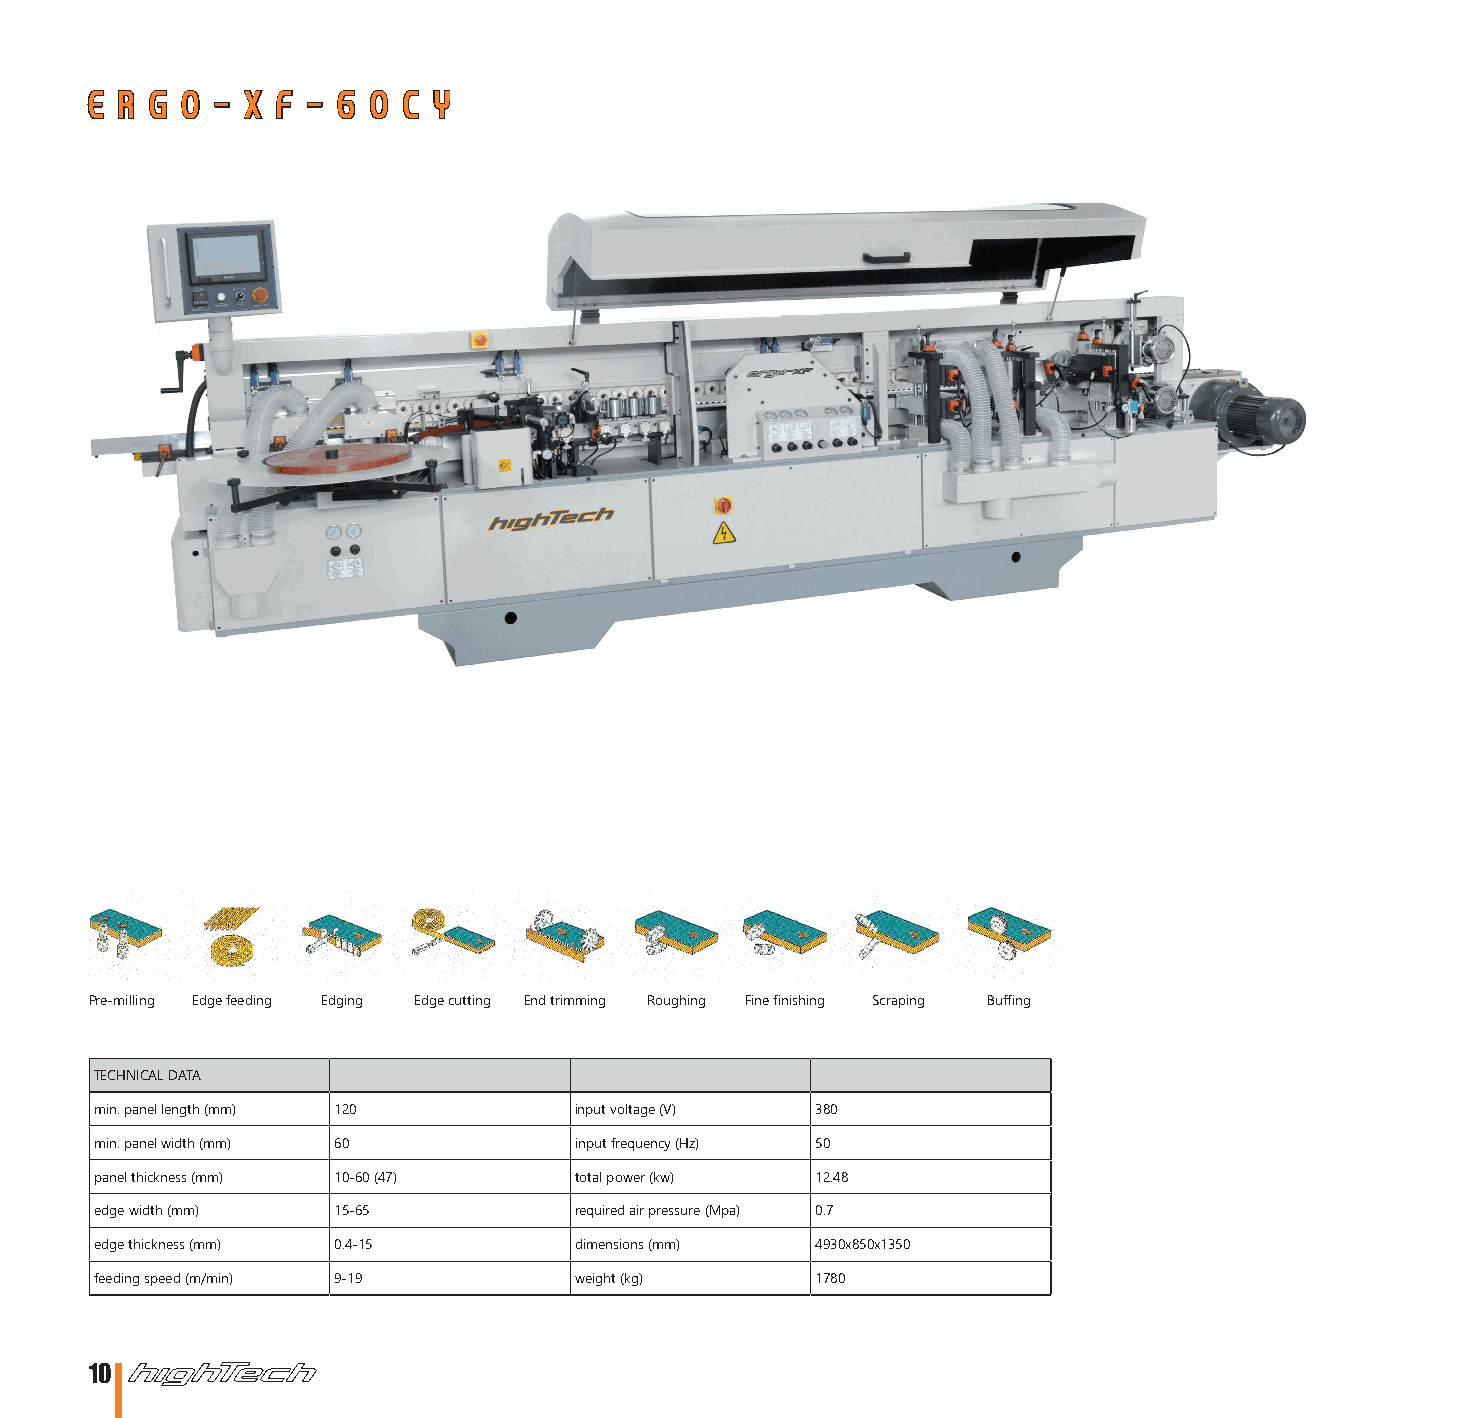
E R G O - X F - 6  0 C Y
 Pre-milling Edge feeding Edging Edge cutting End trimming Roughing Fine finishing Scraping Buffing
 TECHNICAL DATA
 min. panel length (mm) 120      input voltage (V) 380
 min. panel width (mm) 60        input frequency (Hz) 50
 panel thickness (mm) 10-60 (47) total power (kw) 12.48
 edge width (mm) 15-65           required air pressure (Mpa) 0.7
 edge thickness (mm) 0.4-15      dimensions (mm) 4930x850x1350
 feeding speed (m/min) 9-19      weight (kg)     1780
 10